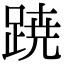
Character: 𮛡